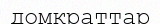
домкраттар